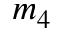
m _ { 4 }